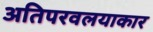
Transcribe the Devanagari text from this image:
अतिपरवलयाकार